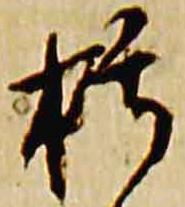
朽